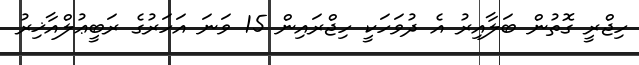
ހިޖްރީ ގޮތުން ބަލާއިރު އެ ދުވަހަކީ ހިޖްރައިން 15 ވަނަ އަހަރުގެ ރަބީޢުލްއާޚިރު